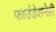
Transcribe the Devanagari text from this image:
फाउंडेशनेही